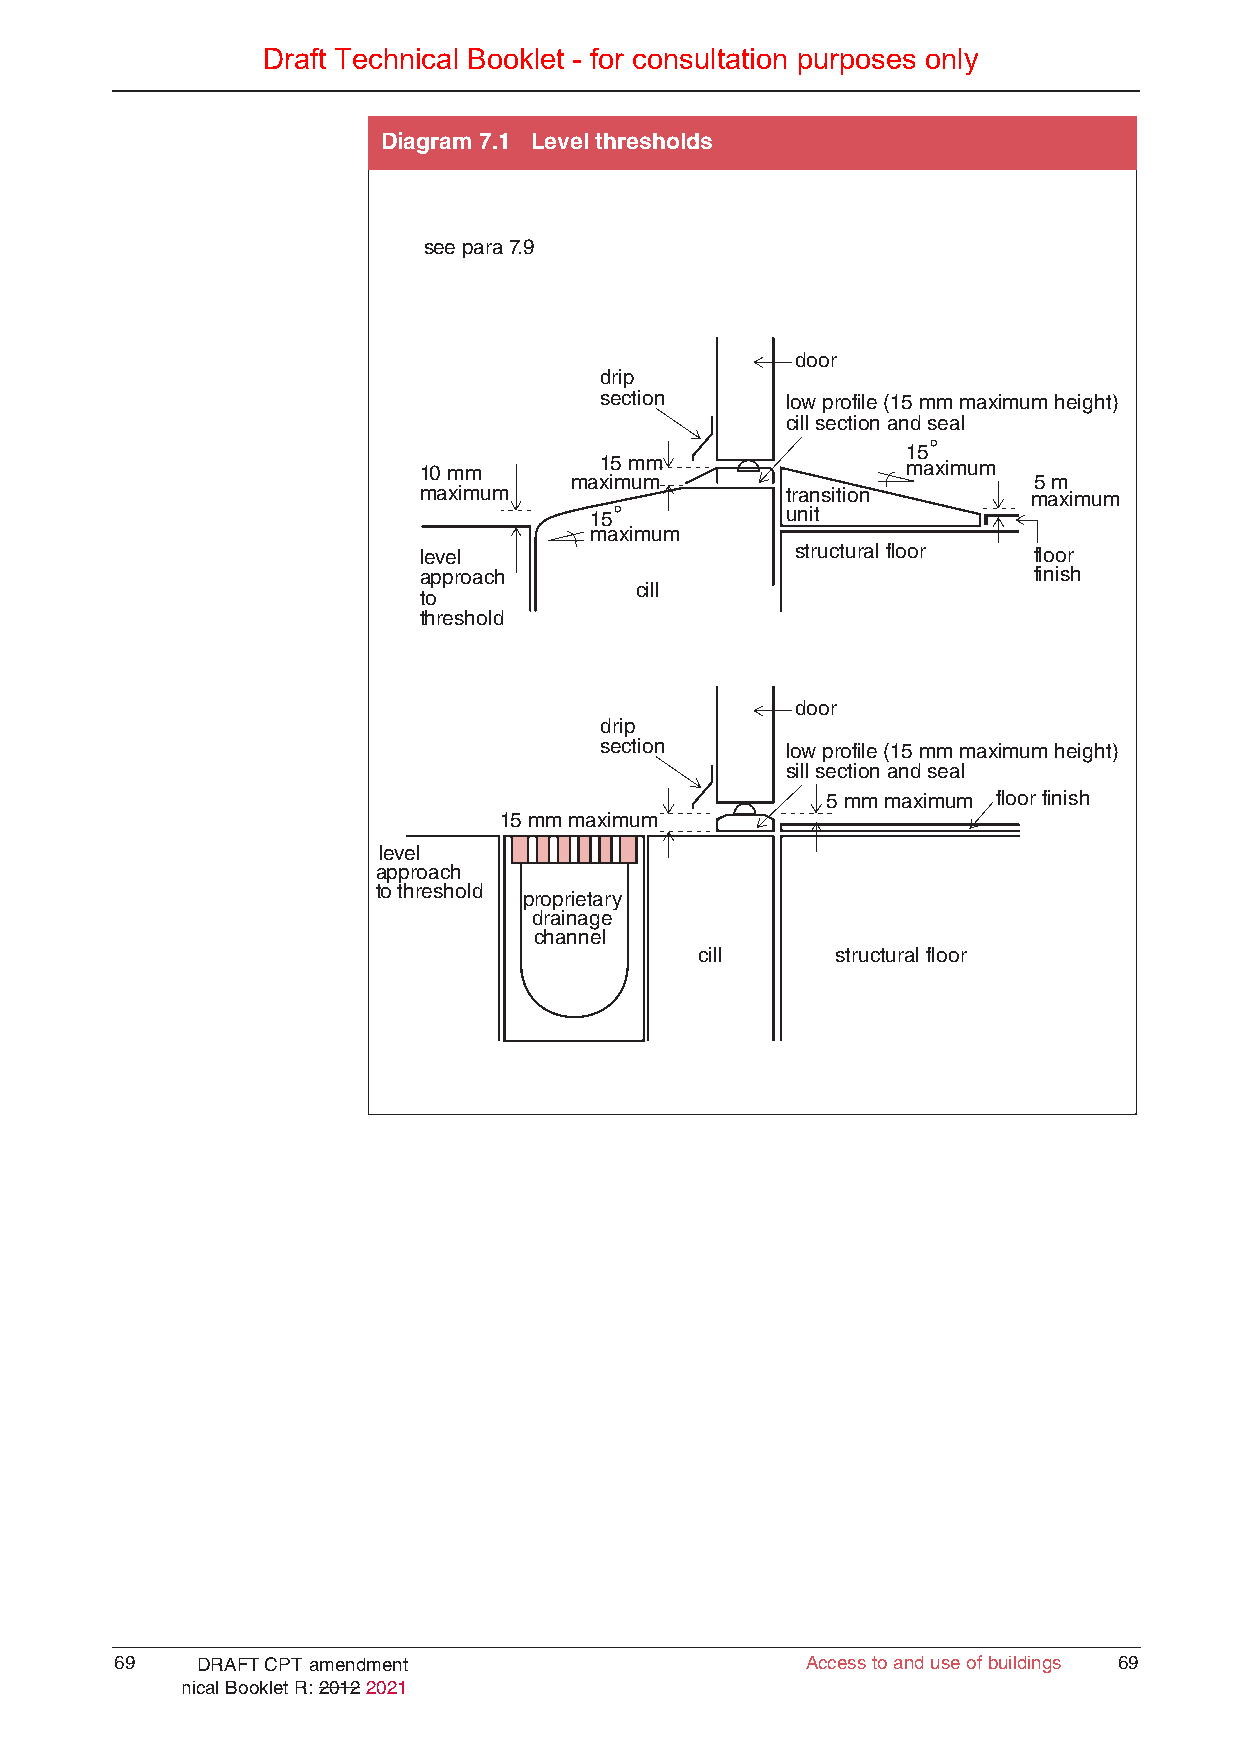
Draft Technical Booklet - for consultation purposes only
 Diagram 7.1 Level thresholds
 see para 7.9
 door
 drip
 section     low profile (15 mm maximum height)
 cill section and seal
 15 º
 10 mm       15 m m              maximum
 maximum                       5 m
 maximum                 transition      maximum
 15 º         unit
 maximum
 level                    structural floor floor
 approach                                finish
 cill
 to
 threshold
 door
 drip
 section     low profile (15 mm maximum height)
 sill section and seal
 5 mm maximu m floor finish
 15 mm maximum
 level
 approach
 to threshold
 proprietary
 drainage
 channel
 cill     structural floor
 69   DRAFT CPT amendment                     Access to and use of buildings 69
 Technical Booklet R: 2012 2021